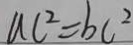
a c ^ { 2 } = b c ^ { 2 }